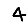
Digit: 4